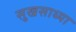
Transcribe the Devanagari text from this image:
सुखसाध्या